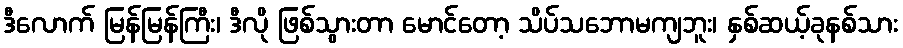
ဒီလောက် မြန်မြန်ကြီး၊ ဒီလို ဖြစ်သွားတာ မောင်တော့ သိပ်သဘောမကျဘူး၊ နှစ်ဆယ့်ခုနစ်သား